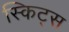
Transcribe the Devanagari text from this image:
स्किट्स